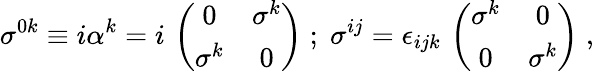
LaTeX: \sigma^{0k}\equiv i\alpha^{k}=i\, \left(\begin{array}{cc}{{0}}&{{\sigma^{k}}}\\ {{\sigma^{k}}}&{{0}}\end{array}\right)\; ;\; \sigma^{ij}=\epsilon_{ijk}\, \left(\begin{array}{cc}{{\sigma^{k}}}&{{0}}\\ {{0}}&{{\sigma^{k}}}\end{array}\right)\; ,